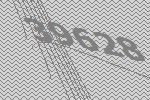
39628